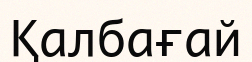
Қалбағай